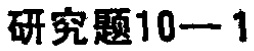
研究题10—1